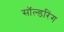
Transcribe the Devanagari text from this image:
सॉल्डरिंग